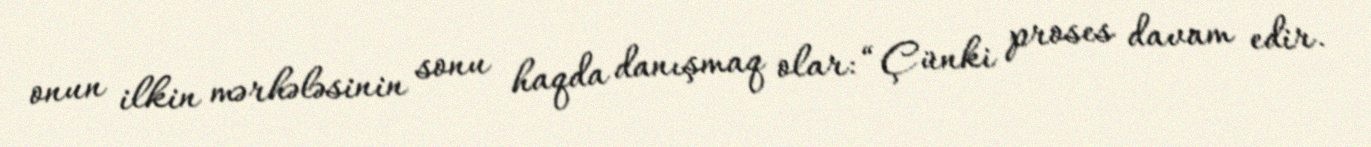
onun ilkin mərhələsinin sonu haqda danışmaq olar: “Çünki proses davam edir.